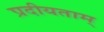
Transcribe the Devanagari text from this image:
प्रदीयताम्